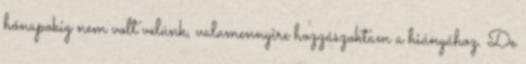
hónapokig nem volt velünk, valamennyire hozzászoktam a hiányához. De